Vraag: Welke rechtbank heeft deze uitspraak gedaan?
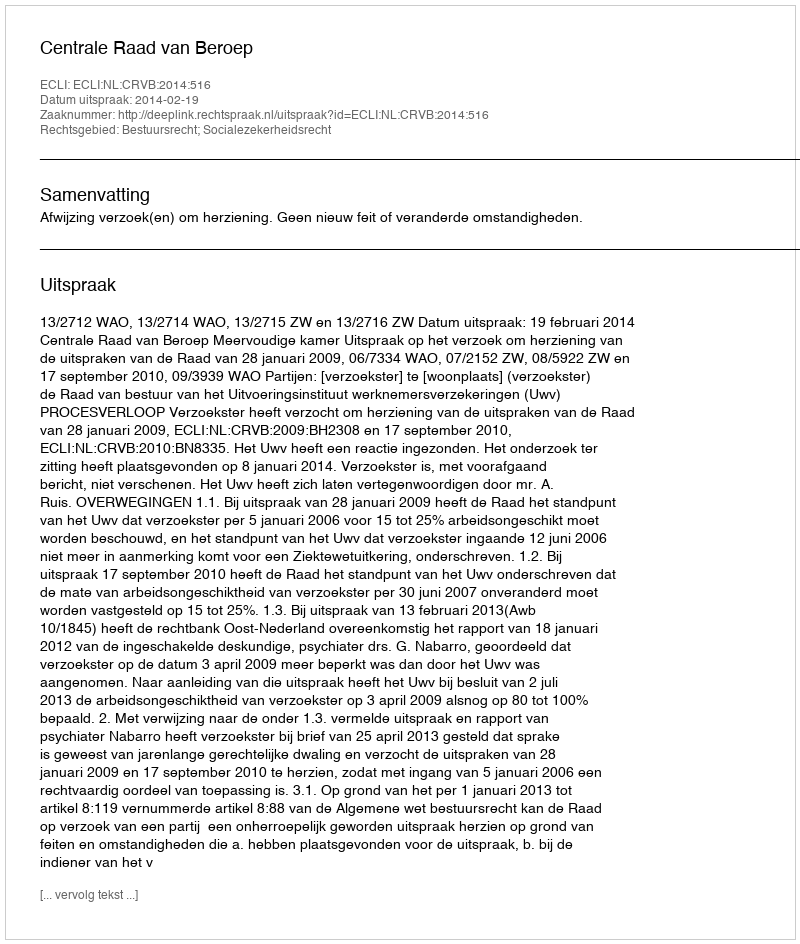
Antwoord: Centrale Raad van Beroep